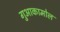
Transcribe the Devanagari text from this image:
गुआकामोल